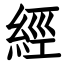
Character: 經